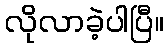
လိုလာခဲ့ပါပြီ။